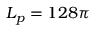
L _ { p } = 1 2 8 \pi